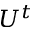
U ^ { t }